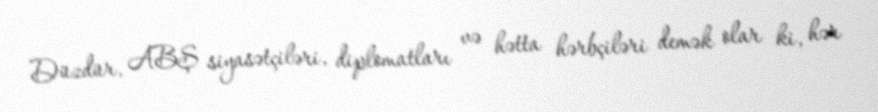
Düzdür, ABŞ siyasətçiləri, diplomatları və hətta hərbçiləri demək olar ki, hər